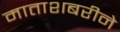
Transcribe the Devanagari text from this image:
माताशबरीने